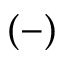
( - )